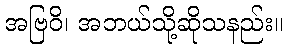
အဗြဝိ၊ အဘယ်သို့ဆိုသနည်း။